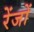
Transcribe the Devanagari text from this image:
रेंजों